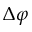
\Delta \varphi